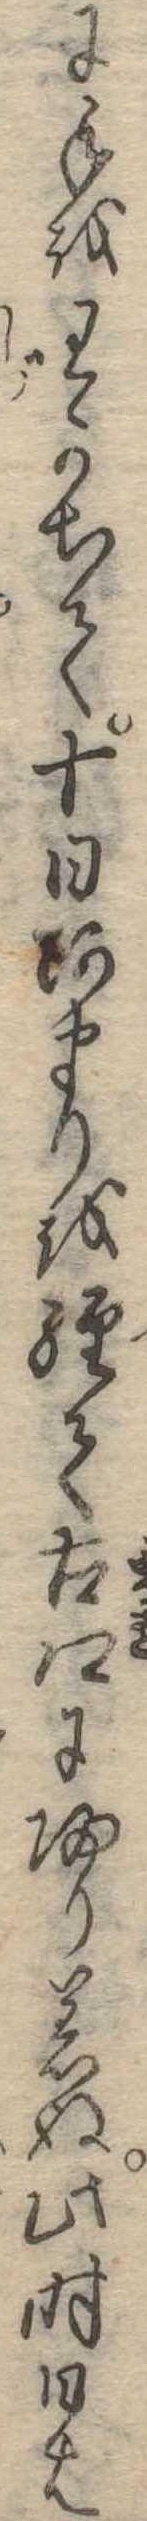
に手をわかちて十日あまりを経て古郷に帰り着ぬ此時日は